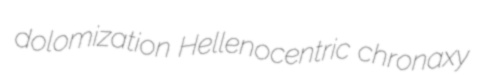
dolomization Hellenocentric chronaxy